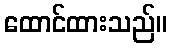
ထောင်ထားသည်။